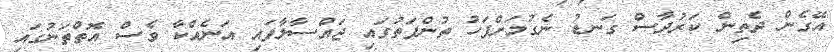
އޭގެން ދެތިން ކަރުދާސް ގަނޑު ނެގުމަށްފަހު ތުންފަތުގައި ޖައްސާލާފައި އަނެއްކާ ވެސް އޮތްތަނުގައި